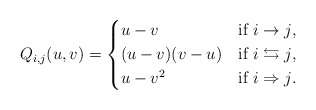
\begin{align*} Q_{i,j}(u,v) = \begin{cases*} u-v & if $i\to j$,\\ (u-v)(v-u) & if $i\leftrightarrows j$,\\ u-v^2 & if $i\Rightarrow j$. \end{cases*} \end{align*}